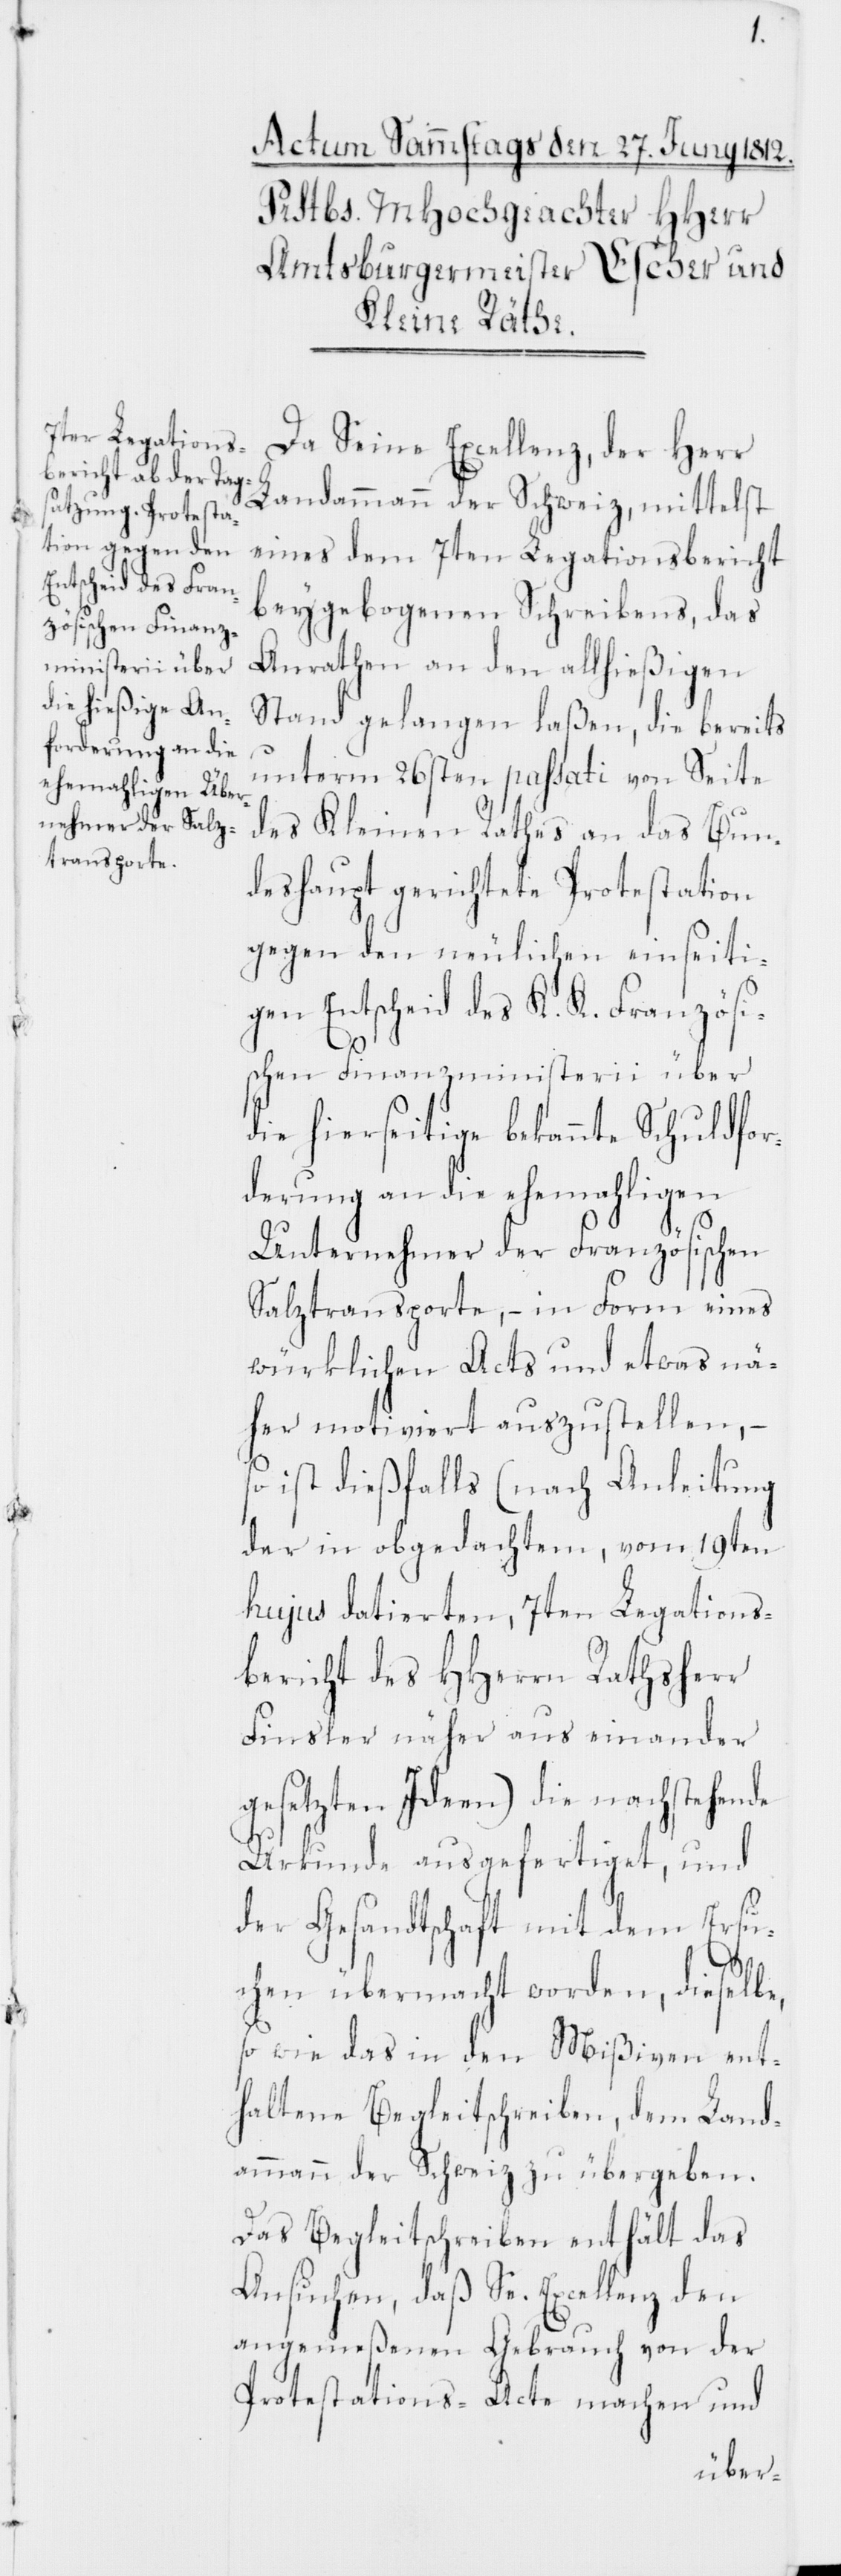
ischen Finanz¬
ministerii über

Da Seine Excellenz, der Herr
Landammann der Schweiz, mittelst
eines dem 7ten Legationsbericht
beygebogenen Schreibens, das
Anrathen an den allhießigen
Stand gelangen laßen, die bereits
unterm 26sten passati von Seite
des Kleinen Rathes an das Bun¬
deshaupt gerichtete Protestation
gegen den neulichen einseiti¬
gen Entscheid des K. K. Französ¬
die hierseitige bekannte Schuldfor¬
derung an die ehemahligen
Unternehmer der Französischen
Salztransporte, – in Form eines
würklichen Acts und etwas nä¬
her motiviert auszustellen, so
ist dießfalls (nach Anleitung
der in obgedachtem, vom 19ten
hujus datierten, 7ten Legations¬
bericht des HHerrn Rathsherr
Finsler näher aus einander
gesetzten Ideen) die nachstehende
Urkunde ausgefertiget, und
der Gesandtschaft mit dem Ersu¬
chen übermacht worden, dieselbe,
so wie das in den Mißiven ent¬
haltene Begleitschreiben, dem Land¬
ammann der Schweiz zu übergeben.
Das Begleitschreiben enthält das
Ansuchen, daß Se. Excellenz den
angemeßenen Gebrauch von der
Protestations-Acte machen und